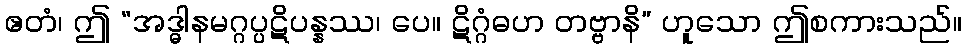
ဧတံ၊ ဤ “အဒ္ဓါနမဂ္ဂပ္ပဋိပန္နဿ၊ ပေ။ ဋိဂ္ဂံဓဟ တဗ္ဗာနိ” ဟူသော ဤစကားသည်။